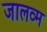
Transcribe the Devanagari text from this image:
जालव्म